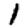
Digit: 1